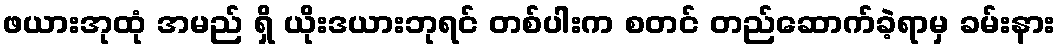
ဖယားအုထုံ အမည် ရှိ ယိုးဒယားဘုရင် တစ်ပါးက စတင် တည်ဆောက်ခဲ့ရာမှ ခမ်းနား